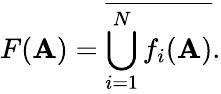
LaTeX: F(\mathbf{A})={\overline{{{\bigcup_{i=1}^{N}f_{i}(\mathbf{A})}}}}.